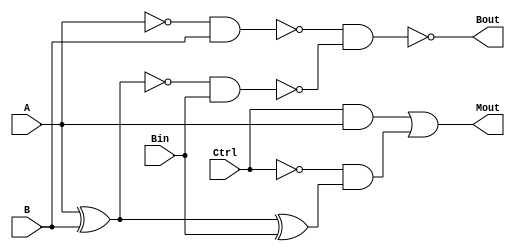
`timescale 1ns / 1ps
//////////////////////////////////////////////////////////////////////////////////
// Company: 
// Engineer: 
// 
// Design Name: 
// Module Name: FullSub+Mux
// Project Name: 
// Target Devices: 
// Tool Versions: 
// Description: 
// 
// Dependencies: 
// 
// Revision:
// Revision 0.01 - File Created
// Additional Comments:
// 
//////////////////////////////////////////////////////////////////////////////////


module FullSub_Mux(
    input A,
    input B,
    input Bin,
    input Ctrl,
    output Bout,
    output Mout
    );
    
    wire AxorB;
    wire Dout;
    
assign Dout = (A ^ B ^ Bin);
assign Bout = ~(~(~A & B) & ~(~(A ^ B) & Bin));
assign Mout = (Ctrl & A) | (~Ctrl & Dout);

endmodule